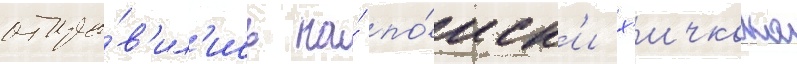
отпра́в'ил'ись на́ по́иск'и х'ичкока